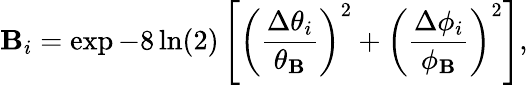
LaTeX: \mathbf{B}_{i}=\exp{-8\ln(2)\left[\left(\frac{{\Delta\theta_{i}}}{{\theta_{\mathbf{B}}}}\right)^{2}+\left(\frac{{\Delta\phi_{i}}}{{\phi_{\mathbf{B}}}}\right)^{2}\right]},